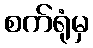
စက်ရုံမှ